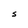
Character: S